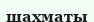
шахматы